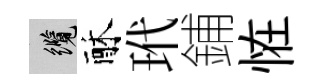
纜酥玳鋪恠